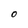
Character: O